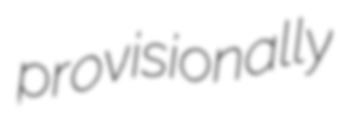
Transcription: provisionally